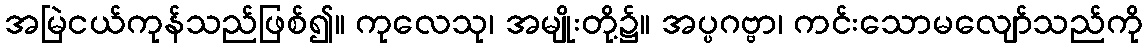
အမြဲငယ်ကုန်သည်ဖြစ်၍။ ကုလေသု၊ အမျိုးတို့၌။ အပ္ပဂဗ္ဗာ၊ ကင်းသောမလျော်သည်ကို